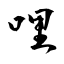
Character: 哩